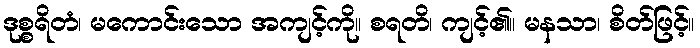
ဒုစ္စရိတံ၊ မကောင်းသော အကျင့်ကို။ စရတိ၊ ကျင့်၏။ မနသာ၊ စိတ်ဖြင့်။